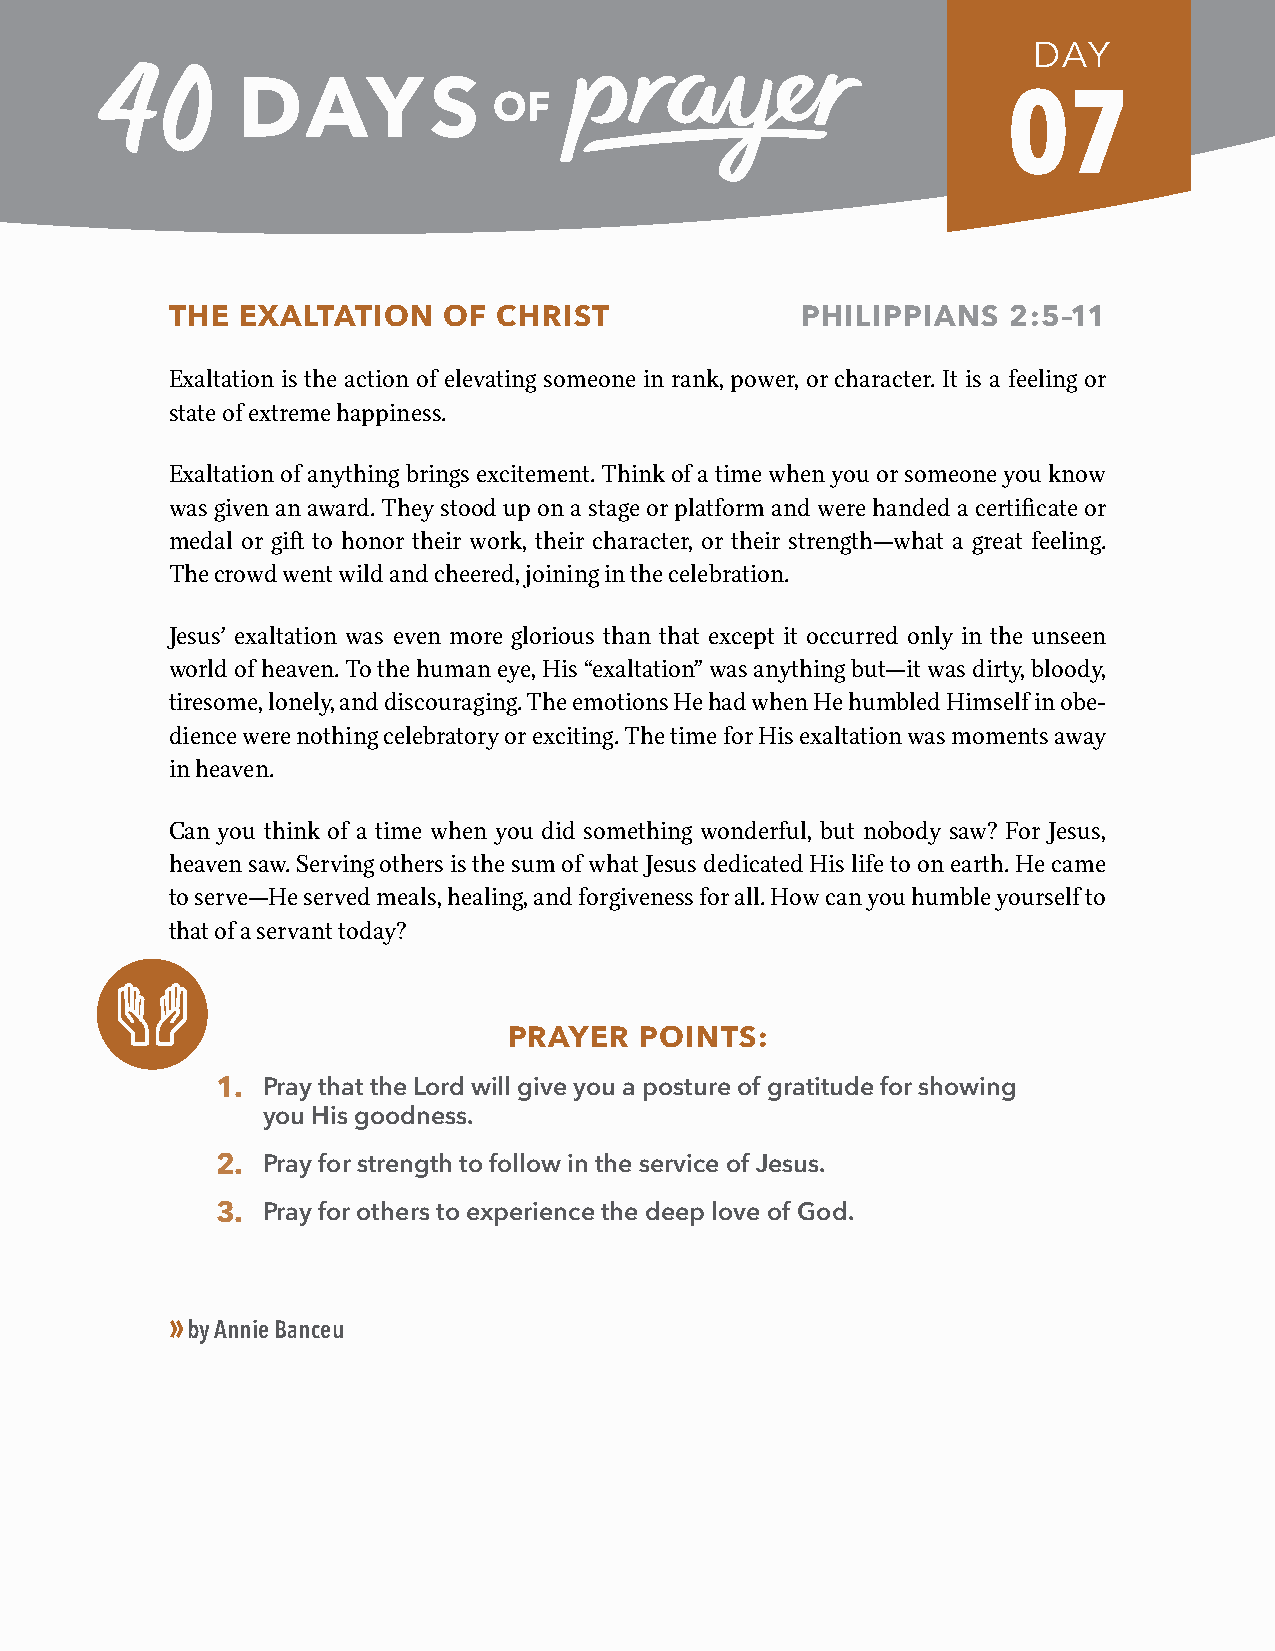
DAY
 07
 THE  EXALTATION   OF  CHRIST              PHILIPPIANS   2:5–11
 Exaltation is the action of elevating someone in rank, power, or character. It is a feeling or
 state of extreme happiness.
 Exaltation of anything brings excitement. Think of a time when you or someone you know
 was given an award. They stood up on a stage or platform and were handed a certificate or
 medal or gift to honor their work, their character, or their strength—what a great feeling.
 The crowd went wild and cheered, joining in the celebration.
 Jesus’ exaltation was even more glorious than that except it occurred only in the unseen
 world of heaven. To the human eye, His “exaltation” was anything but—it was dirty, bloody,
 tiresome, lonely, and discouraging. The emotions He had when He humbled Himself in obe-
 dience were nothing celebratory or exciting. The time for His exaltation was moments away
 in heaven.
 Can you think of a time when you did something wonderful, but nobody saw? For Jesus,
 heaven saw. Serving others is the sum of what Jesus dedicated His life to on earth. He came
 to serve—He served meals, healing, and forgiveness for all. How can you humble yourself to
 that of a servant today?
 PRAYER  POINTS:
 1. Pray that the Lord will give you a posture of gratitude for showing
 you His goodness.
 2. Pray for strength to follow in the service of Jesus.
 3. Pray for others to experience the deep love of God.
 »
 by Annie Banceu